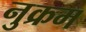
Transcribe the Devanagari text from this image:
नुक्रम